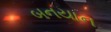
બનયાન